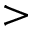
>